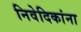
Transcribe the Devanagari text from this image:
निवेदिकांना